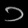
Digit: ၁